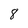
Character: 8